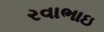
રવાભાઇ